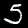
Label: 5